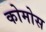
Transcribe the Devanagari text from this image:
कोमोस